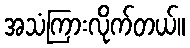
အသံကြားလိုက်တယ်။